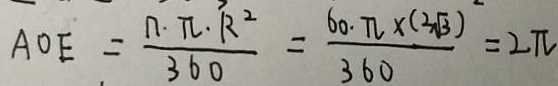
A O E = \frac { n \cdot \pi \cdot R ^ { 2 } } { 3 6 0 } = \frac { 6 0 . \pi \times ( 2 \sqrt { 3 } ) } { 3 6 0 } = 2 \pi